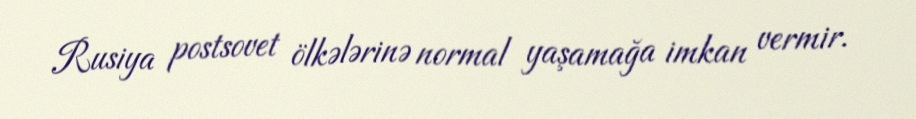
Rusiya postsovet ölkələrinə normal yaşamağa imkan vermir.